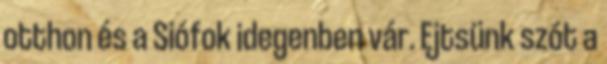
otthon és a Siófok idegenben vár. Ejtsünk szót a